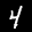
Label: 4